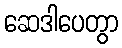
ဆေဒါပေတွာ